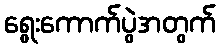
ရွေးကောက်ပွဲအတွက်